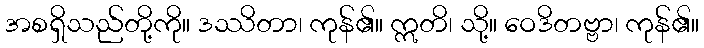
အစရှိသည်တို့ကို။ ဒဿိတာ၊ ကုန်၏။ ဣတိ၊ သို့။ ဝေဒိတဗ္ဗာ၊ ကုန်၏။